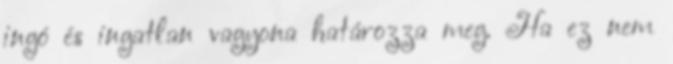
ingó és ingatlan vagyona határozza meg. Ha ez nem